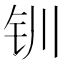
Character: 钏